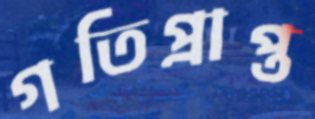
গতিপ্রাপ্ত